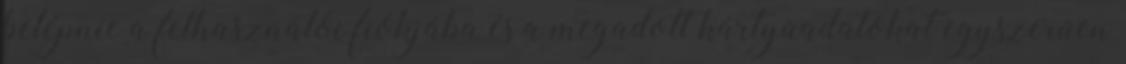
belépnie a felhasználói fiókjába és a megadott kártyaadatokat egyszerűen